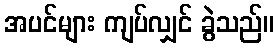
အပင်များ ကျပ်လျှင် ခွဲသည်။